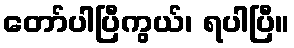
တော်ပါပြီကွယ်၊ ရပါပြီ။